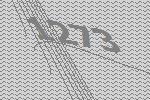
1273